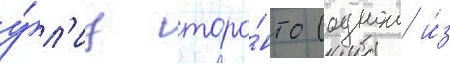
у́л'иц торо́нто (однои и́з